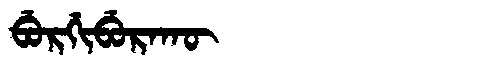
Manchu: ᠪᡠᡵᡤᡳᠪᡠᡵᠠᡴᡡ
Romanization: BURGIBURAKŪ